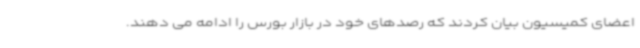
اعضای کمیسیون بیان کردند که رصدهای خود در بازار بورس را ادامه می دهند.